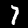
Label: 7